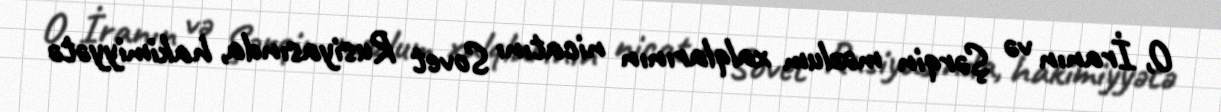
O, İranın və Şərqin məzlum xalqlarının nicatını Sovet Rusiyasında, hakimiyyətə